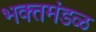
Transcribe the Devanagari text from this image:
भक्तमंडळ